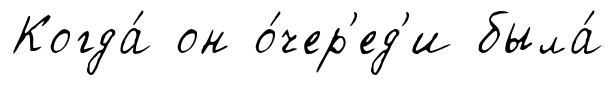
Когда́ он о́чер'ед'и была́